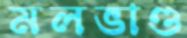
মলভাণ্ড